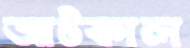
আটকাল